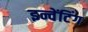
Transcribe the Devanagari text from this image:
इन्वेंटिंग